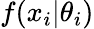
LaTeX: f(x_{i}|\theta_{i})